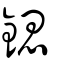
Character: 鍶